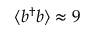
\langle b ^ { \dagger } b \rangle \approx 9